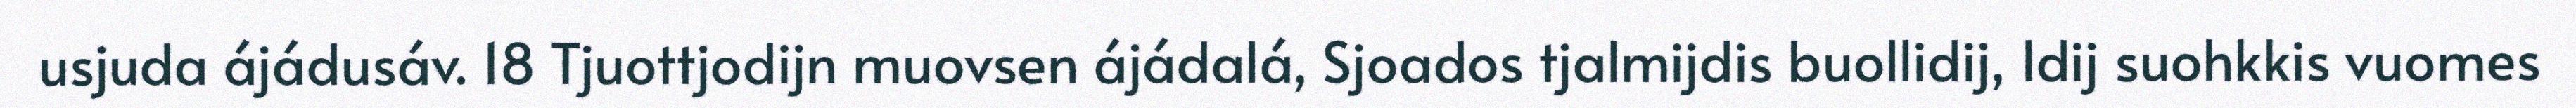
usjuda ájádusáv. 18 Tjuottjodijn muovsen ájádalá, Sjoados tjalmijdis buollidij, Idij suohkkis vuomes